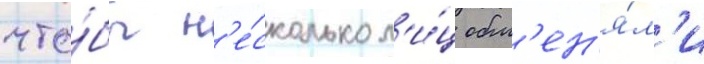
что́бы н'е́сколько л'и́ц обм'ен'я́л'и